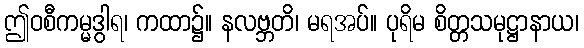
ဤဝစီကမ္မဒွါရ၊ ကထာ၌။ နလဗ္ဘတိ၊ မရအပ်။ ပုရိမ စိတ္တသမုဋ္ဌာနာယ၊